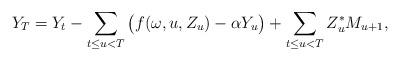
LaTeX: \begin{align*}Y_T = Y_t - \sum_{t \leq u < T} \big( f(\omega,u,Z_u) - \alpha Y_u \big) + \sum_{t \leq u < T} Z_u^{\ast}M_{u+1},\end{align*}